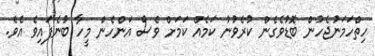
ހިތްހަމަނުޖެހުން ބޮޑުވެގެން ކުރެވުނު ކަމެއް ކަމަށް ވެސް އަންހެން މީހާ ބުނެފައިވެ އެވެ.